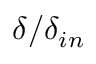
\delta / \delta _ { i n }